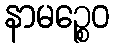
နာမဉ္စေဝ